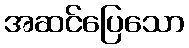
အဆင်ပြေသော